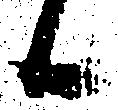
候